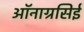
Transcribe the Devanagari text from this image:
ऑनाग्रसिई